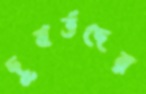
দুবর্ত্তদের